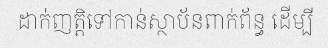
ដាក់ញត្តិទៅកាន់ស្ថាប័នពាក់ព័ន្ធ ដើម្បី